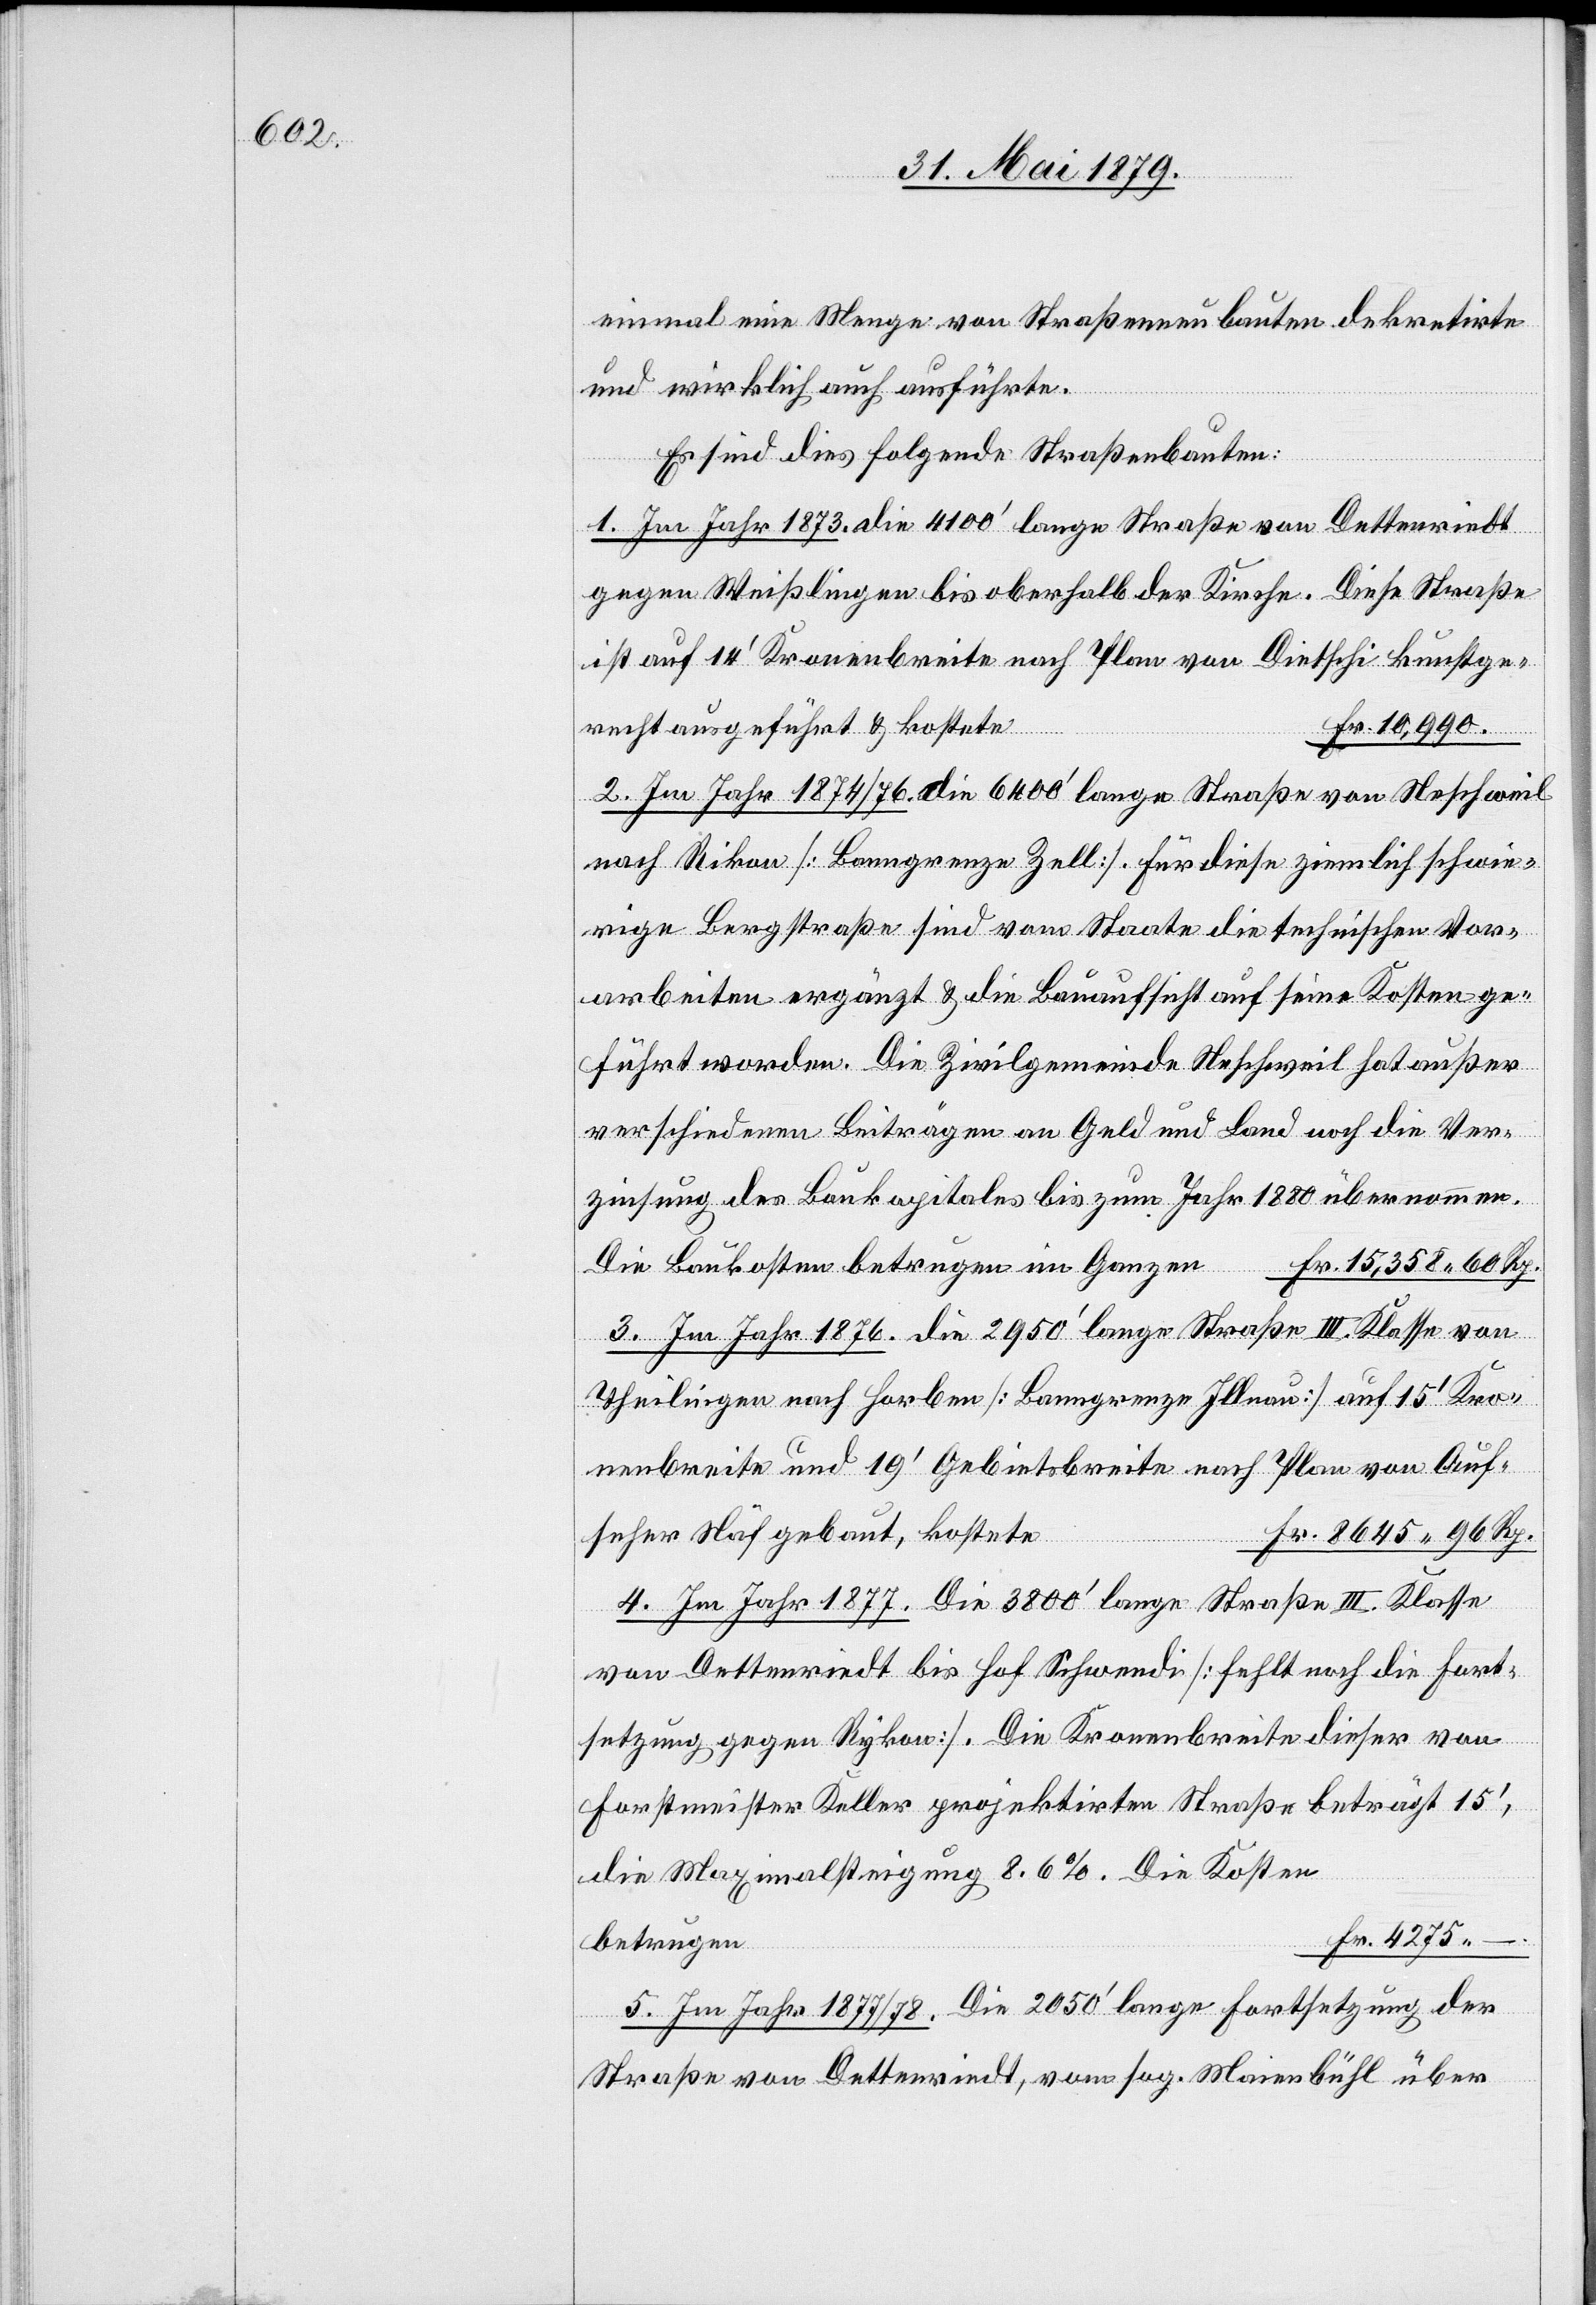
einmal eine Menge von Straßenneubauten dekretirte
und wirklich auch ausführte.
Es sind dies folgende Straßenbauten:
1. Im Jahr 1873. Die 4100‘ lange Straße von Dettenriedt
gegen Weißlingen bis oberhalb der Kirche. Diese Straße
ist auf 14‘ Kronenbreite nach Plan von Dietschi kunstge¬
seher
recht ausgeführt & kostet¬
r. 10,990.
2. Im Jahr 1874/76. Die 6400‘ lange Straße von Neschweil
nach Rikon [Banngrenze Zell]. Für diese ziemlich schwie¬
rige Bergstraße sind vom Staate die technischen Vor¬
arbeiten ergänzt & die Bauaufsicht auf seine Kosten ge¬
führt worden. Die Zivilgemeinde Neschweil hat außer
verschiedenen Beiträgen an Geld und Land noch die Ver¬
zinsung des Baukapitales bis zum Jahr 1880 übernommen.
n	Fr. 15,358 60 Rp.
Die Baukosten betrugen im Ganze¬
3. Im Jahr 1876. Die 2950‘ lange Straße III. Klasse von
Theilingen nach Horben [Banngrenze Illnau] auf 15‘ Kro¬
nenbreite und 19‘ Gebietsbreite nach Plan von Auf¬
8645 96 Rp.
4. Im Jahr 1877. Die 3800‘ lange Straße III. Klasse
von Dettenriedt bis Hof Schwendi [fehlt noch die Fort¬
setzung gegen Rykon]. Die Kronenbreite dieser von
Forstmeister Keller projektirten Straße beträgt 15‘,
die Maximalsteigung 8,6%. Die Kosten
e						F¬
Fr. 4275
betrugen
5. Im Jahr 1877/78. Die 2050‘ lange Fortsetzung der
Straße von Dettenriedt, vom sog. Maienbühl über